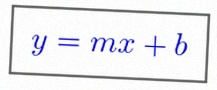
y=mx+b